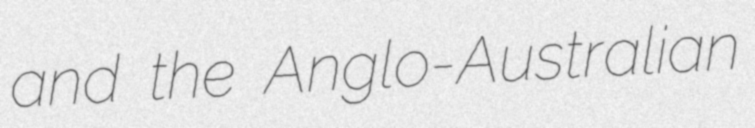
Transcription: and the Anglo-Australian